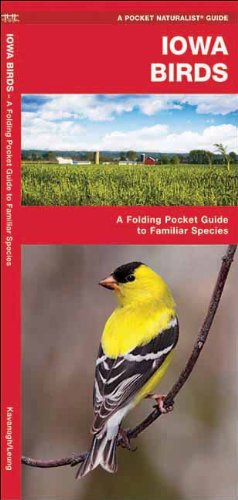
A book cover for Iowa Birds: A Folding Pocket Guide to Familiar Species (Pocket Naturalist Guide Series); James Kavanagh; Travel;